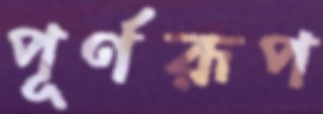
পূর্ণরূপ